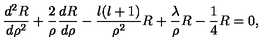
\frac { d ^ { 2 } R } { d \rho ^ { 2 } } + \frac { 2 } { \rho } \frac { d R } { d \rho } - \frac { l ( l + 1 ) } { \rho ^ { 2 } } R + \frac { \lambda } { \rho } R - \frac { 1 } { 4 } R = 0 ,